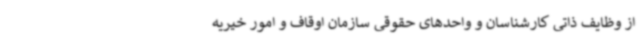
از وظایف ذاتی کارشناسان و واحدهای حقوقی سازمان اوقاف و امور خیریه